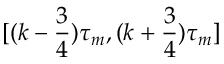
[ ( k - \frac 3 4 ) \tau _ { m } , ( k + \frac 3 4 ) \tau _ { m } ]